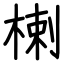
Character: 楋